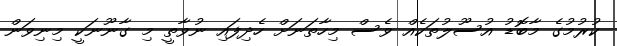
ކުރުމުގެ މާބޮޑު އުސޫލުތަކެއް ވެސް މިހާތަނަށް ހެދިފައި ނުވާތީ މި ގާނޫނަކީ މިނިވަން